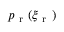
p _ { \mathrm { ~ r ~ } } ( \xi _ { \mathrm { ~ r ~ } } )